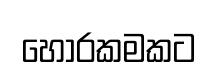
හොරකමකට